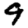
Digit: 9